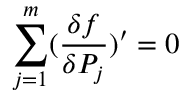
\sum _ { j = 1 } ^ { m } ( \frac { \delta f } { \delta P _ { j } } ) ^ { \prime } = 0